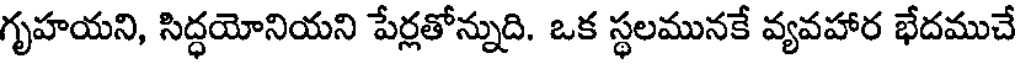
గృహయని, సిద్ధయోనియని పేర్లతోన్నుది. ఒక స్థలమునకే వ్యవహార భేదముచే